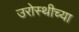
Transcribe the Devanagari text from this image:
उरोस्थीच्या